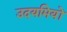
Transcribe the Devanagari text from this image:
उदयमियों